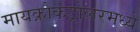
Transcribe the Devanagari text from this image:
मायक्रोकंट्रोलरमध्ये